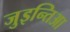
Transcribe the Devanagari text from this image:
जुइन्तिआ